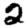
Digit: 2